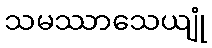
သမဿာသေယျုံ